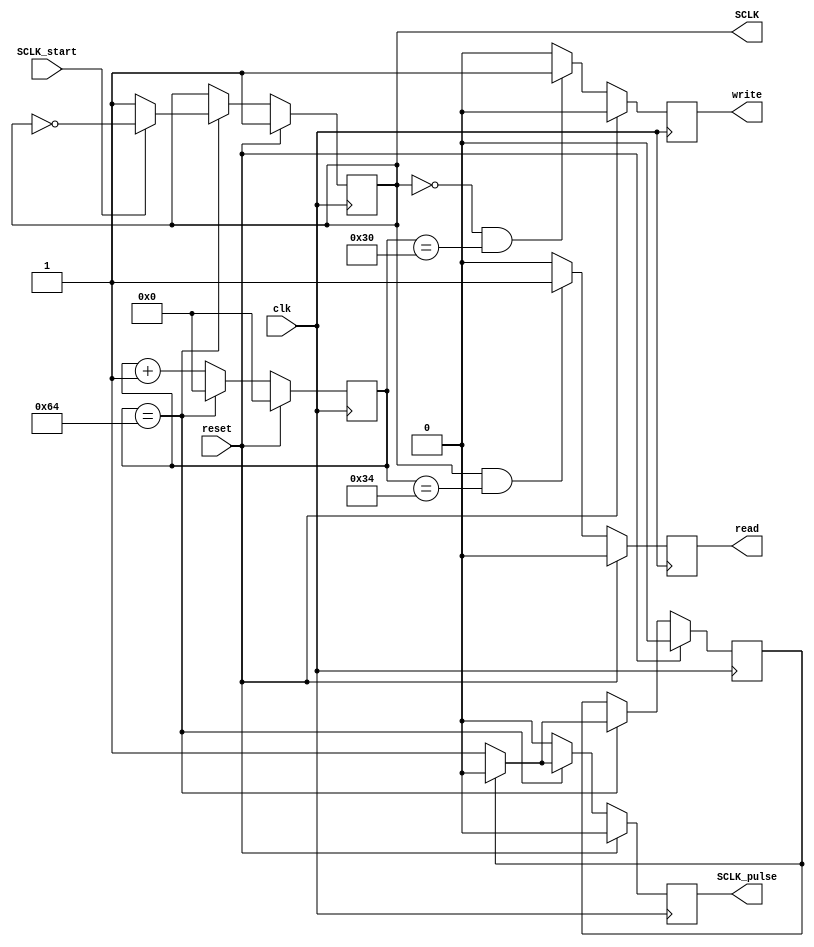
`timescale 1ns / 1ps
module SCLK_gen(clk, reset, SCLK_start, SCLK,SCLK_pulse,read,write);

	input clk;
	input reset;
	input SCLK_start;
	output reg SCLK;
	output reg SCLK_pulse;
	output reg read;
	output reg write;
	
	parameter  SCLK_freq = 7'd100; // 3.333 MHz Serial clock
	reg [6:0]SCLK_counter;
	reg pulse_sent;
	
	always @ (posedge clk) begin
		if(reset) begin
			SCLK <= 1'b1;
			read <= 1'b0;
			write <= 1'b0;
			SCLK_pulse <= 1'b0;
			SCLK_counter <= 7'b0000000;
			pulse_sent <= 1'b0;
		end
		else begin
			if(SCLK_counter == SCLK_freq) begin
				if(SCLK_start)
					SCLK <= ~SCLK;
				else
					SCLK <= 1'b1;
				if(!pulse_sent) begin
					SCLK_pulse <= 1'b1;
					pulse_sent <= 1'b1;
				end
				else begin
					SCLK_pulse <= 1'b0;
					pulse_sent <= 1'b0;
				end
				SCLK_counter <= 7'b0000000;
			end
			else begin
				SCLK_pulse <= 1'b0;
				SCLK_counter <= SCLK_counter + 7'b0000001;
			end
			//if(SCLK_start) begin
				if(SCLK && SCLK_counter == 7'b0110100) 
					read <= 1'b1;
				else
					read <= 1'b0;
				if(!SCLK && SCLK_counter == 7'b0110000)
					write <= 1'b1;
				else
					write <= 1'b0;
			//end
		end
	end

endmodule